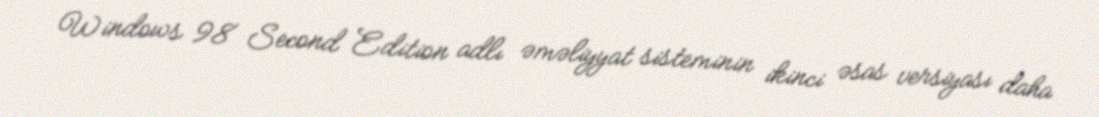
Windows 98 Second Edition adlı əməliyyat sisteminin ikinci əsas versiyası daha